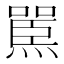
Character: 𪹬